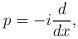
LaTeX: \begin{align*}p=-i\frac{d}{dx},\end{align*}